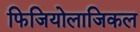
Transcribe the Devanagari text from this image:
फिजियोलाजिकल